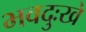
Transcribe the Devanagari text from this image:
भवदुःखे